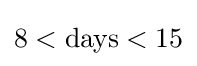
8<{\text{days}}<15